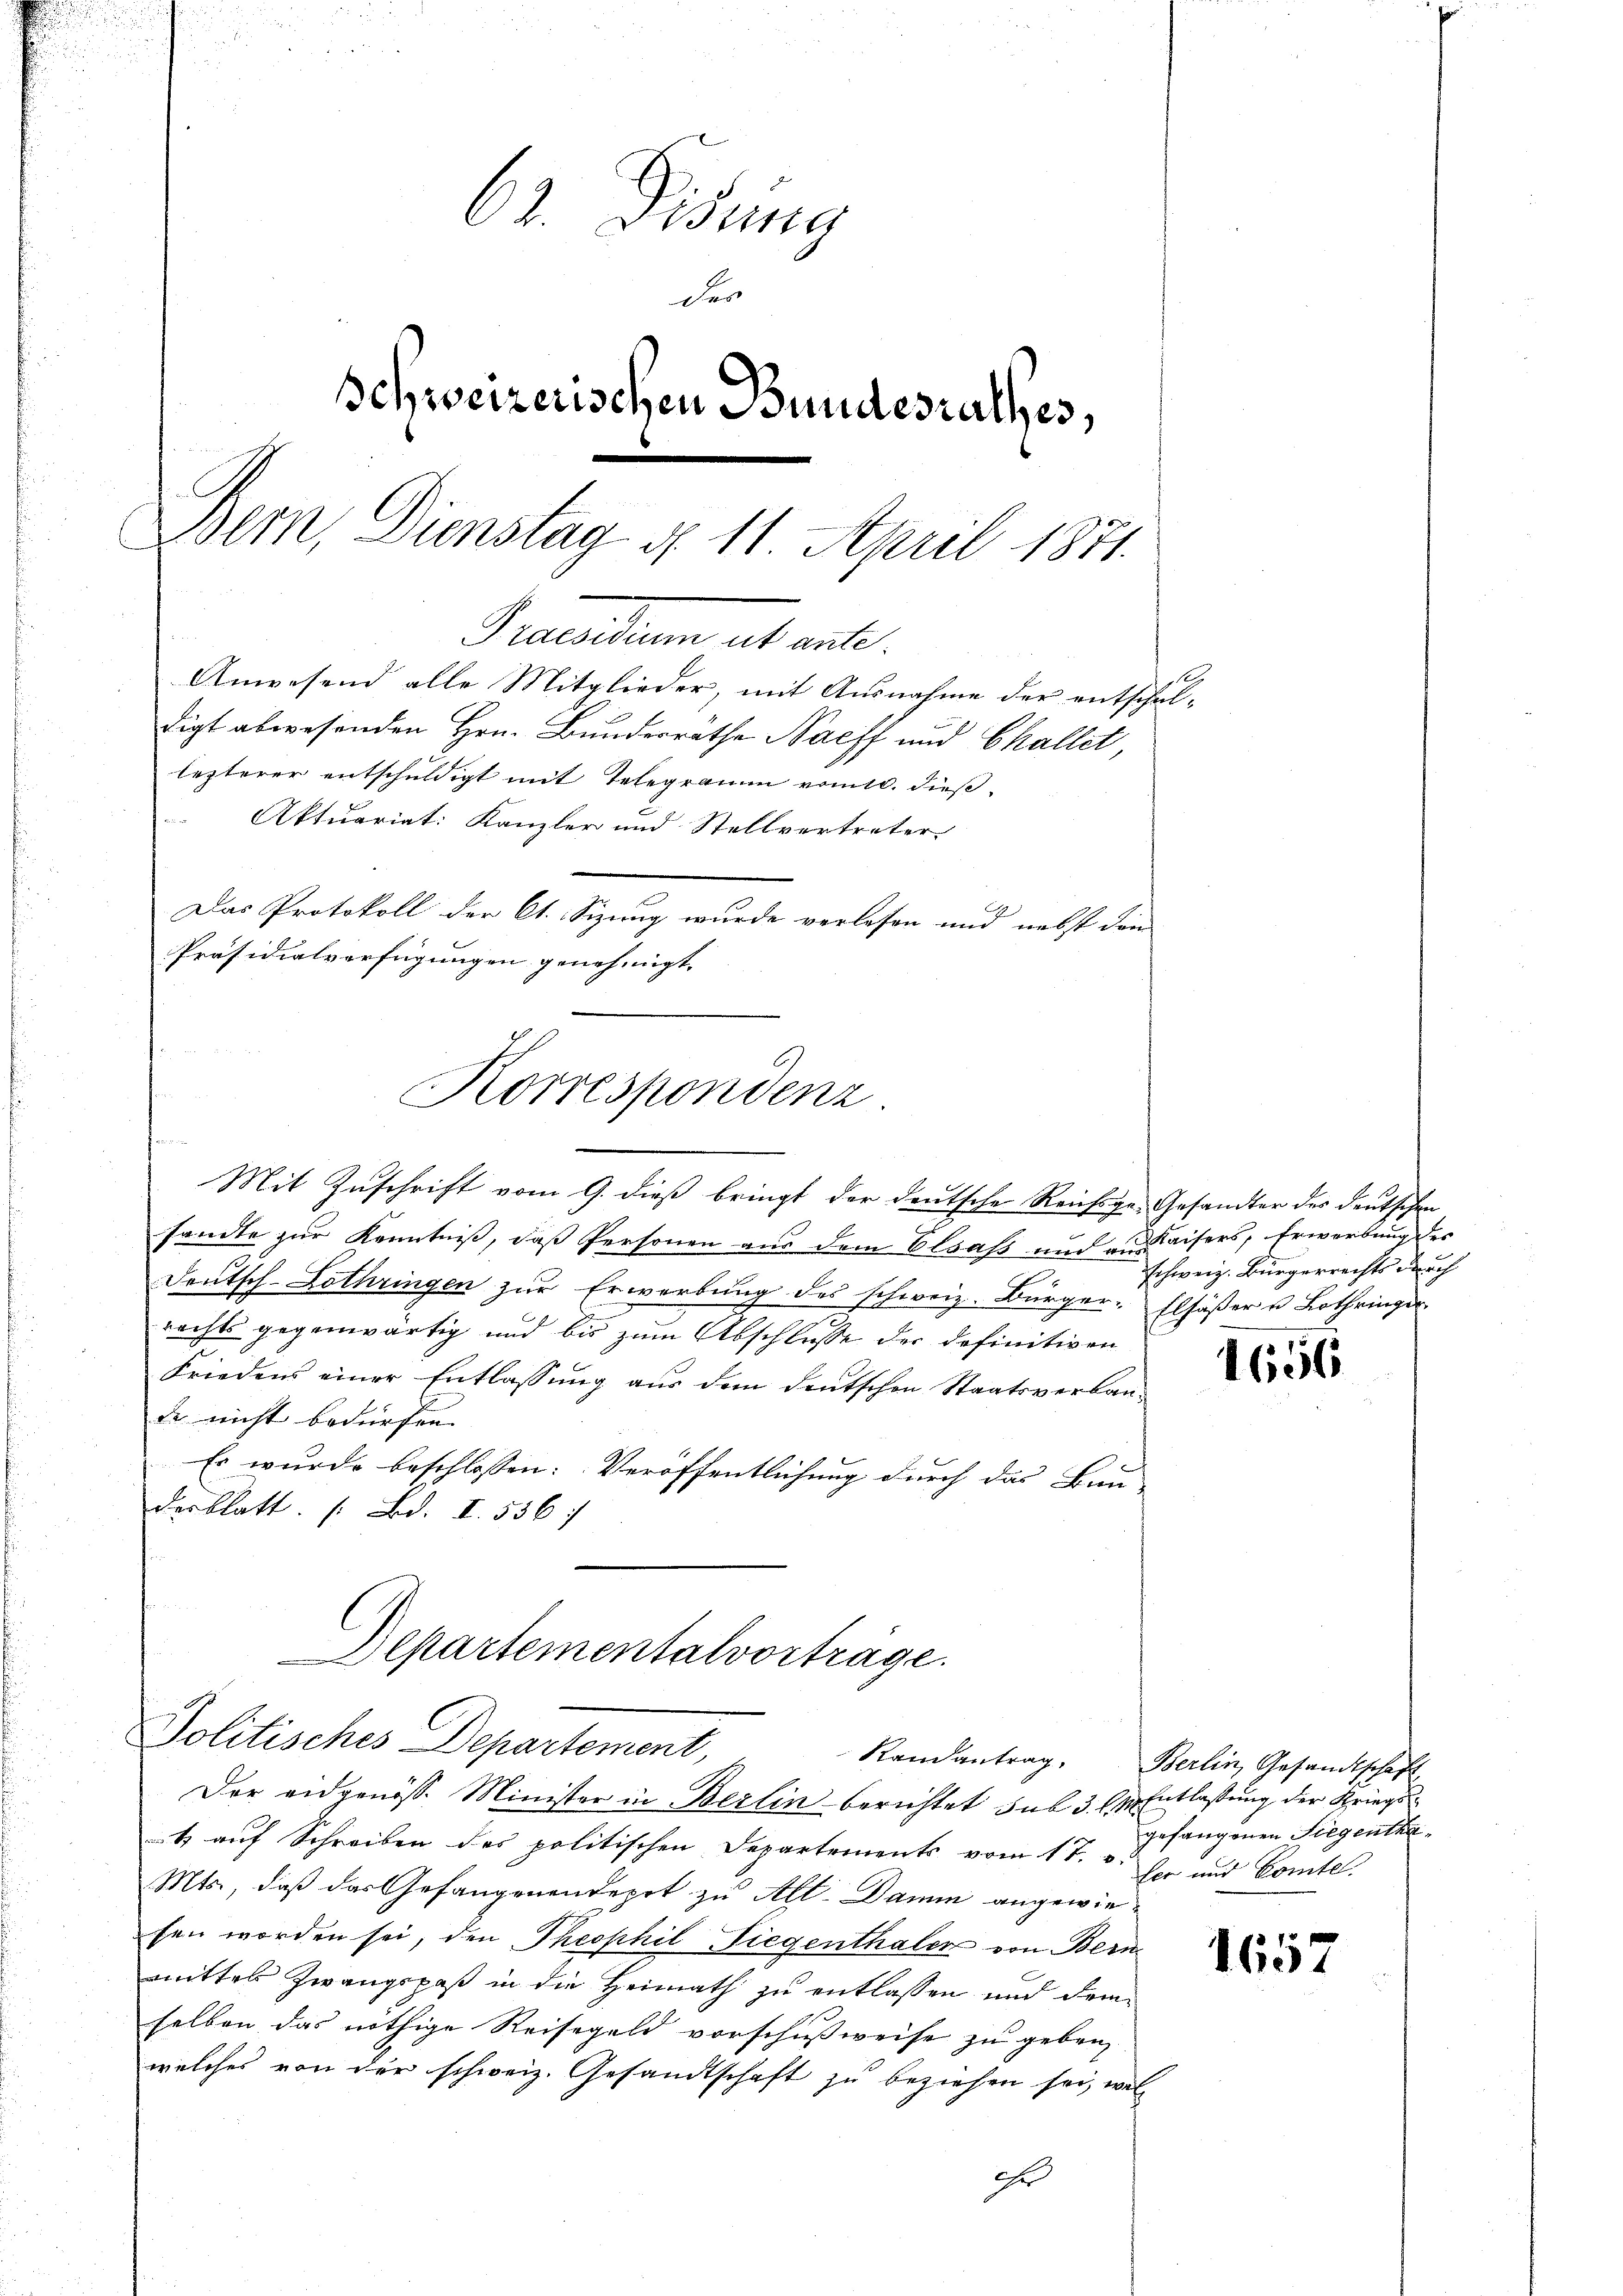
62. Disung
der
Schweizerischen Bundesrathes,
Bem, Dienstag d. 11. April 1871.
Precarium et voll.
Anwesend alle Mitglieder, mit Ausnahme der entschul-
digt abwesenden Hrn. Bunderräthe Nacff und Challet,
lezterer entschuldigt mit Telegramm vom 10. dieß
Aktuariat: Kanzler und Stellvertreter
Das Protokoll der Ct. Sizung wurde verlesen und nebst den
Präsidialverfügungen genehmigt.

Korrespondenz

Mit Zuschrift vom 9. dieß bringt der deutsche Reichsge- Gesandter des deutschen
sandte zur Kenntniß, daß Personen aus dem Elsaß und aus Kaisers, Erwerbung des
Deutsch-Lothringen zur Erwerbung des schweiz. Bürger-Elsässer u. Lothringer
rechts gegenwärtig und bis zum Abschlusse der definitiven
Friedens einer Entlassung aus dem deutschen Staatsverbaude nicht bedürfen.
Es wurde beschlossen: Veröffentlichung durch das Bun
desblatt (Bd. I. 536

Der eidgenöss. Minister in Berlin berichtet sub 3 l. Entlassung der Kriegst auf Schreiben des politischen Departements vom 1t. u. sie und Comte.
Mts., daß das Gefangenendepot zu Alt. Damm angewiefen worden sei, den Theophil Tiegenthaler von Bern
mittes Zwangspaß in die Heimath zu entlassen und demselben das nöthige Reisegeld vorschußweise zu geben,
welches von der schweiz. Gesandtschaft zu beziehen sei, wel
Ehr

Departementalvorträge.
Politisches Departement,
Randantrag,

schweiz. Bürgerrechts durch

1656

Berlin, Gesandtschaft
gefangenen Siegentra¬

1657